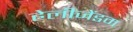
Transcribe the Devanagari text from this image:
हेलीजेंडम